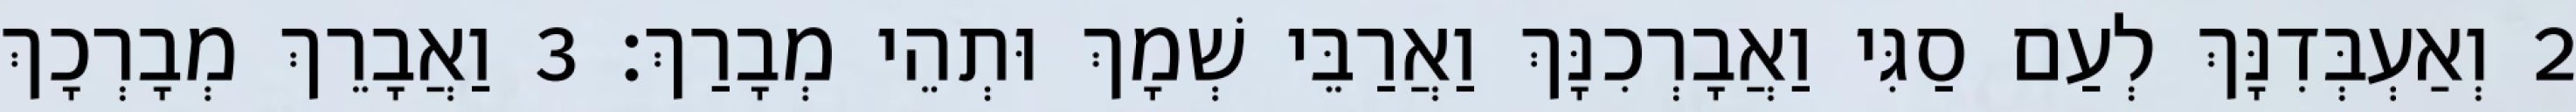
2 וְאַעְבְּדִנָּךְ לְעַם סַגִּי וַאֲבָרְכִנָּךְ וַאֲרַבֵּי שְׁמָךְ וּתְהֵי מְבָרַךְ׃ 3 וַאֲבָרֵךְ מְבָרְכָךְ